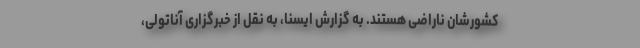
کشورشان ناراضی هستند. به گزارش ایسنا، به نقل از خبرگزاری آناتولی،